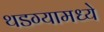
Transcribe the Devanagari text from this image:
थडग्यामध्ये